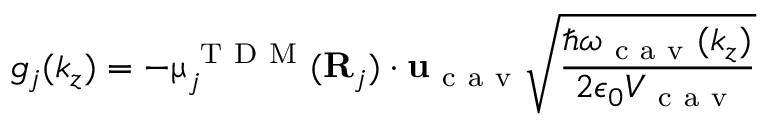
g _ { j } ( k _ { z } ) = - { \boldsymbol { \upmu } } _ { j } ^ { \mathrm { ~ T ~ D ~ M ~ } } ( { \bf { R } } _ { j } ) \cdot { \bf { u } } _ { \mathrm { ~ c ~ a ~ v ~ } } \sqrt { \frac { \hslash \omega _ { \mathrm { ~ c ~ a ~ v ~ } } ( k _ { z } ) } { 2 \epsilon _ { 0 } V _ { \mathrm { ~ c ~ a ~ v ~ } } } }